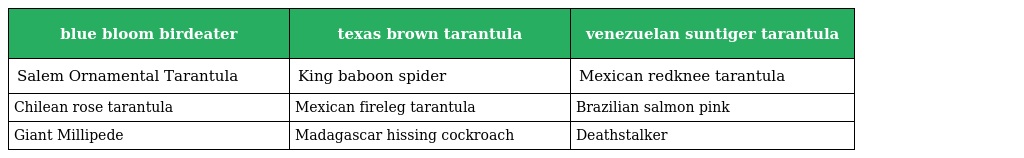
| blue bloom birdeater | texas brown tarantula | venezuelan suntiger tarantula |
 | --- | --- | --- |
 | Salem Ornamental Tarantula | King baboon spider | Mexican redknee tarantula |
 | Chilean rose tarantula | Mexican fireleg tarantula | Brazilian salmon pink |
 | Giant Millipede | Madagascar hissing cockroach | Deathstalker |